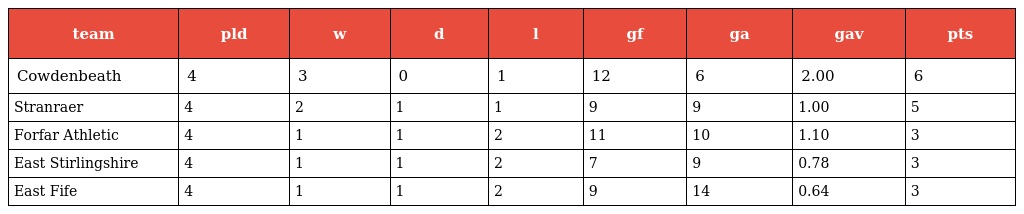
| team | pld | w | d | l | gf | ga | gav | pts |
 | --- | --- | --- | --- | --- | --- | --- | --- | --- |
 | Cowdenbeath | 4 | 3 | 0 | 1 | 12 | 6 | 2.00 | 6 |
 | Stranraer | 4 | 2 | 1 | 1 | 9 | 9 | 1.00 | 5 |
 | Forfar Athletic | 4 | 1 | 1 | 2 | 11 | 10 | 1.10 | 3 |
 | East Stirlingshire | 4 | 1 | 1 | 2 | 7 | 9 | 0.78 | 3 |
 | East Fife | 4 | 1 | 1 | 2 | 9 | 14 | 0.64 | 3 |